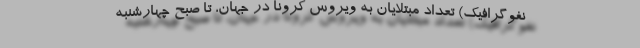
نفوگرافیک) تعداد مبتلایان به ویروس کرونا در جهان، تا صبح چهارشنبه